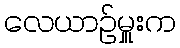
လေယာဉ်မှူးက